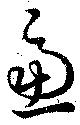
慮